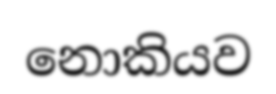
නොකියව